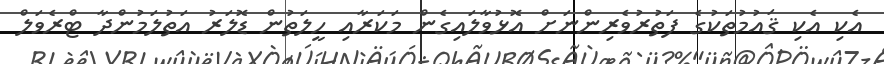
އެކި އެކި ޤައުމުތަކުގެ ފަތުރުވެރިންނަށް އޮޅުވާލައިގެން މަކަރާއި ހީލަތުން ޑޮލަރު އަތުލަމުންދާ ޓްރެވަލް